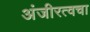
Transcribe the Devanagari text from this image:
अंजीरत्वचा